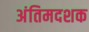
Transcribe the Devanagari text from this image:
अंतिमदशक